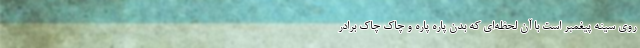
روی سینه پیغمبر است با آن لحظه‌ای که بدن پاره پاره و چاک چاک برادر